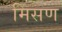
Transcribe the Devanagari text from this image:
मिसण